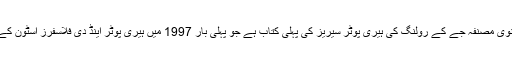
5 – ہیری پوٹر اینڈ دی سارسررز اسٹون: یہ برطانوی مصنفہ جے کے رولنگ کی ہیری پوٹر سیریز کی پہلی کتاب ہے جو پہلی بار 1997 میں ہیری پوٹر اینڈ دی فلاسفرز اسٹون کے نام سے چھپی بعد ازاں اس کا نام تبدیل کردیا گیا۔